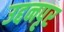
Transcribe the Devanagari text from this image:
उद्दनपृर